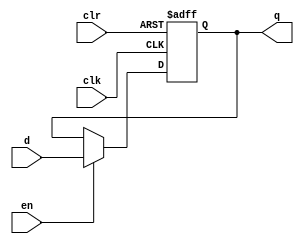
module dffe_ref (q, d, clk, en, clr);
   
   //Inputs
   input d, clk, en, clr;
   
   //Internal wire
   wire clr;

   //Output
   output q;
   
   //Register
   reg q;

   //Intialize q to 0
   initial
   begin
       q = 1'b0;
   end

   //Set value of q on positive edge of the clock or clear
   always @(posedge clk or posedge clr) begin
       //If clear is high, set q to 0
       if (clr) begin
           q <= 1'b0;
       //If enable is high, set q to the value of d
       end else if (en) begin
           q <= d;
       end
   end
endmodule